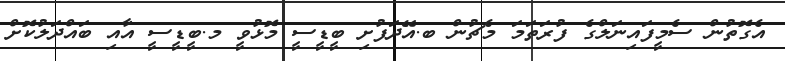
އެގޮތުން ސެމީފައިނަލްގެ ފުރަތަމަ މެޗުން ބ.އޭދަފުށި ބީޑީސީ މޮޅުވީ މ.ބީޑީސީ އާއި ބައްދަލުކޮށް